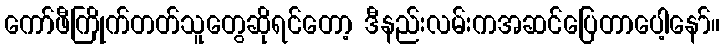
ကော်ဖီကြိုက်တတ်သူတွေဆိုရင်တော့ ဒီနည်းလမ်းကအဆင်ပြေတာပေါ့နော်။